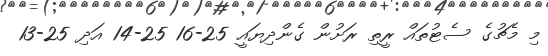
މި މެޗުގެ ސެޓުތައް ރީތި ރަށުން ގެންދިޔައީ 25-16 25-14 އަދި 25-13